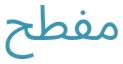
مفطح